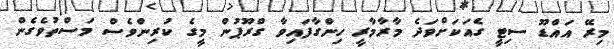
މިރޭ އައްޑޫ ސިޓީ ގެއަކަށްވަދެ މާރާމާރީ ހިންގާފައިވާ ގްރޫޕުން މީގެ ކުރިންވެސް މަސްތުވެގެން